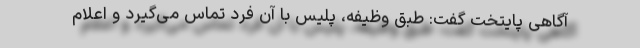
آگاهی پایتخت گفت: طبق وظیفه، پلیس با آن فرد تماس می‌گیرد و اعلام